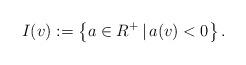
LaTeX: \begin{align*}I(v):=\left\{ a \in R^{+} \, | \, a(v)<0 \right\}. \end{align*}